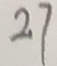
2 7